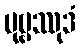
ပုဗ္ဗဿုဒံ